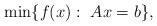
LaTeX: \begin{align*}\min\{ f(x):~ Ax=b\},\end{align*}